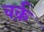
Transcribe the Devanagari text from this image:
वर्क़